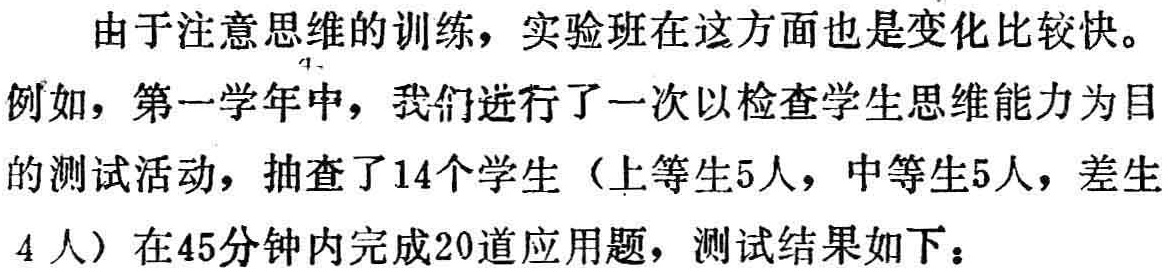
由于注意思维的训练，实验班在这方面也是变化比较快。

例如，第一学年中，我们进行了一次以检查学生思维能力为目

的测试活动，抽查了14个学生（上等生5人，中等生5人，差生

4人）在45分钟内完成20道应用题，测试结果如下：